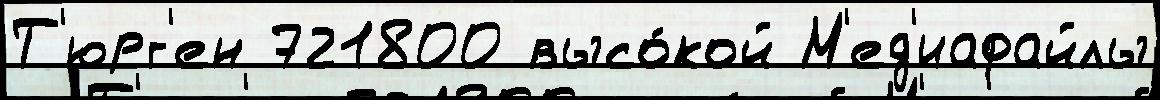
Т'юрг'ен 721800 высо́кой М'ед'иафайлы